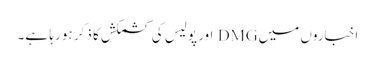
اخباروں میں DMG اور پولیس کی کشمکش کا ذکر ہو رہا ہے۔